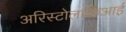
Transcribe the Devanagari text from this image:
अरिस्टोलाकिआई